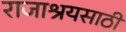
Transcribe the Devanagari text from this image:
राजाश्रयसाठी